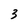
Character: 3